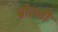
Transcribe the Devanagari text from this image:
ब्रोत्सी